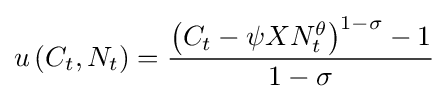
u\left({C_{t},N_{t}}\right)={\frac {\left(C_{t}-\psi XN_{t}^{\theta }\right)^{1-\sigma }-1}{1-\sigma }}